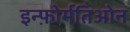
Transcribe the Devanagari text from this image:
इन्फ़ोर्मतिओन